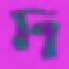
দ